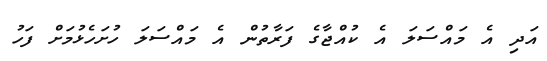
އަދި އެ މައްސަލަ އެ ކުއްޖާގެ ފަރާތުން އެ މައްސަލަ ހުށަހެޅުމަށް ފަހު